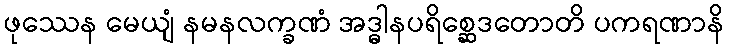
ဖုဿေန မေယျံ နမနလက္ခဏံ အဒ္ဓါနပရိစ္ဆေဒတောတိ ပကရဏာနိ